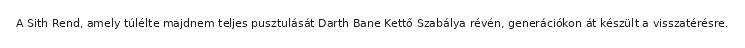
A Sith Rend, amely túlélte majdnem teljes pusztulását Darth Bane Kettő Szabálya révén, generációkon át készült a visszatérésre.